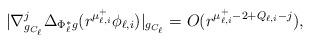
LaTeX: \begin{align*}|\nabla^j_{g_{C_\ell}}\Delta_{\Phi_\ell^*g}(r^{\mu_{\ell,i}^+}\phi_{\ell,i})|_{g_{C_\ell}} = O(r^ {\mu_{\ell,i}^+ - 2 + Q_{\ell,i}-j}),\end{align*}